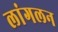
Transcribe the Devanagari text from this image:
लांगलन